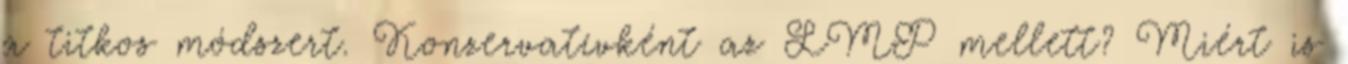
a titkos módszert. Konzervatívként az LMP mellett? Miért is